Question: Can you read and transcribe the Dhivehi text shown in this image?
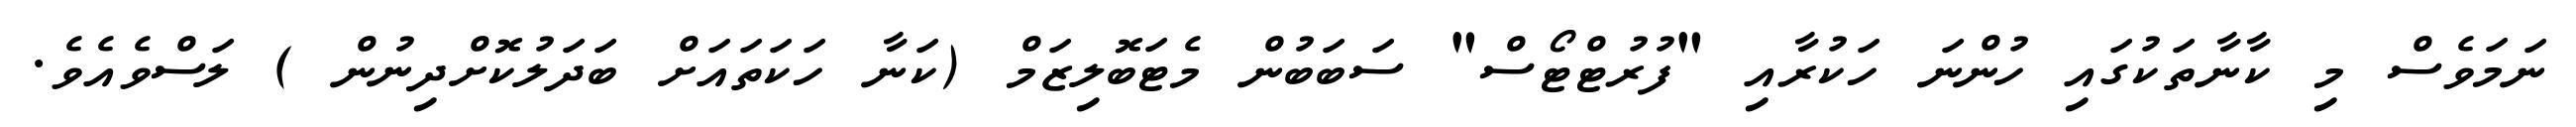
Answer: ނަމަވެސް މި ކާނާތަކުގައި ހުންނަ ހަކުރާއި "ފުރުޓްޓޯސް" ސަބަބުން މެޓަބޮލިޒަމް (ކަނާ ހަކަތައަށް ބަދަލުކޮށްދިނުން ) ލަސްވެއެވެ.